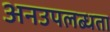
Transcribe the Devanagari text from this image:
अनउपलब्धता